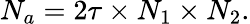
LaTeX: N_{a}=2\tau\times N_{1}\times N_{2}.